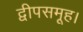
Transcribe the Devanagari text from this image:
द्वीपसमूह।